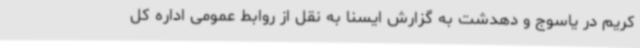
کریم در یاسوج و دهدشت به گزارش ایسنا به نقل از روابط عمومی اداره کل